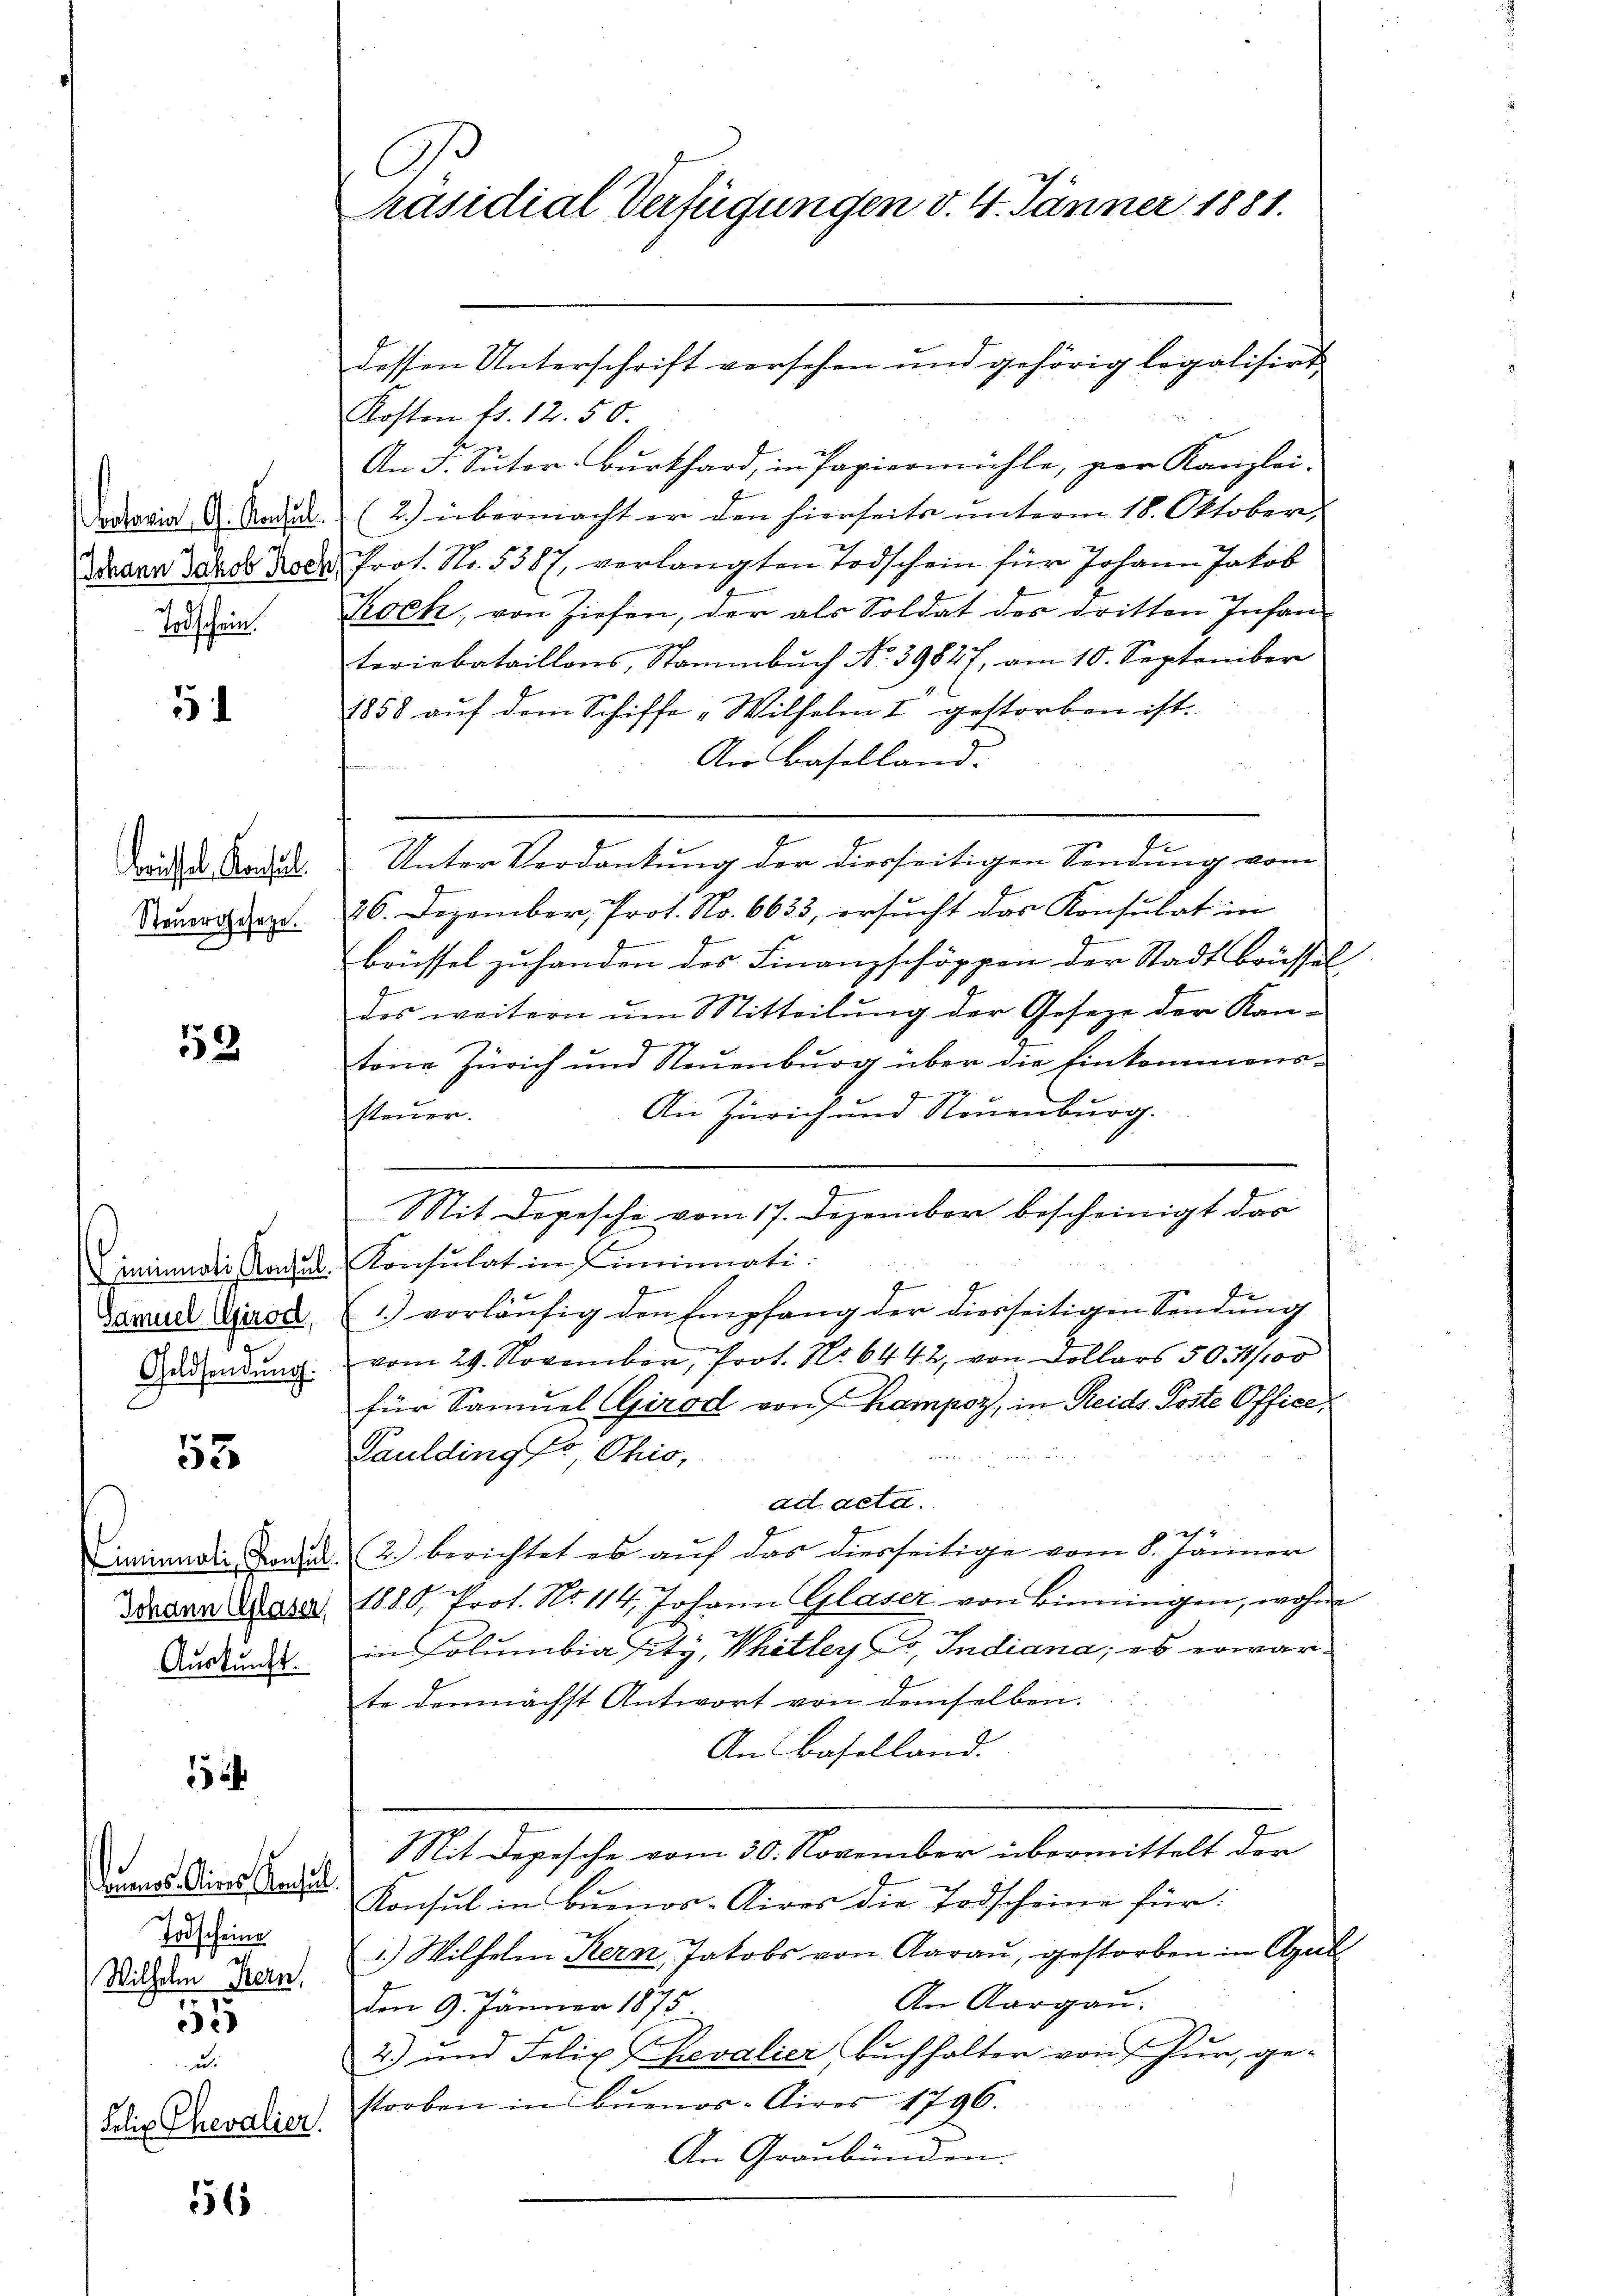
otaria G. Konsul
Todschein.

51

brissel. Konsul
Steŭergesetze.

552

Geldsendung.

53

Auskunft.

nnos Aires Ansel
Todscheine
Wilhelm Kern,

52

51

u.
Felix Chevalier.

C
Präsidial-Verfügungen v. 4. Jänner 1881.

Kosten fr. 12.50.
An 5. Suter Burkhard, in Papiermühle, par Kanzlei-
(2.) übermacht er den hierseits unterm 18. Oktober,
Dearr Jakob Rock, Prot. No. 5387, verlangten Todschein für Johann Jakob
Koch, von Ziehen, der als Soldat des dritten Infan-
teriebataillons, Stammbuch No. 39827, am 10. September
1858 auf dem Schiffe „Wilhelm I gestorben ist.
An Baselland.
Unter Verdankung der diesseitigen Sendung vom
26. Dezember, Prot. No. 6633, ersucht das Konsulat in
brüssel zuhanden des Finanzschöppen der Stadt Brüssel
des weitern um Mitteilung der Gesetze der Kan¬
.
tone Zürich und Neuenburg über die Einkommens¬
An Zürich und Neuenburg.
steuer.
e
Mit Depesche vom 17. Dezember bescheinigt das
Fiminali Konsul Konsulat in Cincinati:
Baruud Dirsd 1) vorläufig den Empfang der diesseitigen Sendung
vom 29. November, Prot. No 6442, von Dollars 5071/100
für Samuel (Girod von Kampoz, in Reids Poste Office,
Pauldingto Ohio,
ad acta.
iminarii Handl. (2. berichtet es auf das diesseitige vom 8. Jänner
Idevan Marer 1889 Prot. No 114. Johann Glaser von Binningen, wohne
h
in Kolumbia sitz, Whitler, Co. Indiana, es erwarte demnächst Antwort von demselben.
An Baselland.
Mit Depesche vom 30. November übermittelt der
Konsul in Buenos-Aires die Todscheine für
1.) Wilhelm Kern, Jakobs von Aarau, gestorben in April
An Aargau.
den 9. Jänner 1875.
2) und Felix Revalier, Buchhalter von Hur, ge-
storben in Buenos-Aires 1796.
An Graubünden.

dessen Unterschrift versehen und gehörig legalisirt